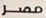
مصر